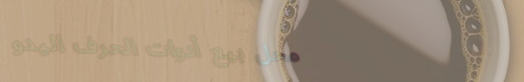
محل بيع أدوات الحرف اليدو